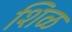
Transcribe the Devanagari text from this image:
शिळ